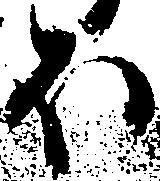
ほ